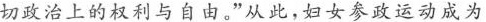
切政治上的权利与自由。”从此，妇女参政运动成为